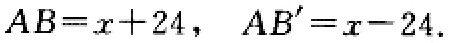
$AB = x + 24,\ AB'=x - 24.$